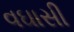
વઘાસી